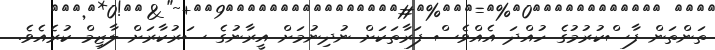
ތަންތަން ފާސްކުރުމުގެ ހުއްދަ އެއްވެސް ފަރާތަކަށް ނުދިނުމަށް އީރާނުގެ ސަރުކާރަށް ލާޒިމް ކުރެއެވެ.